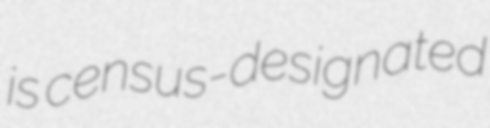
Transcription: is census-designated